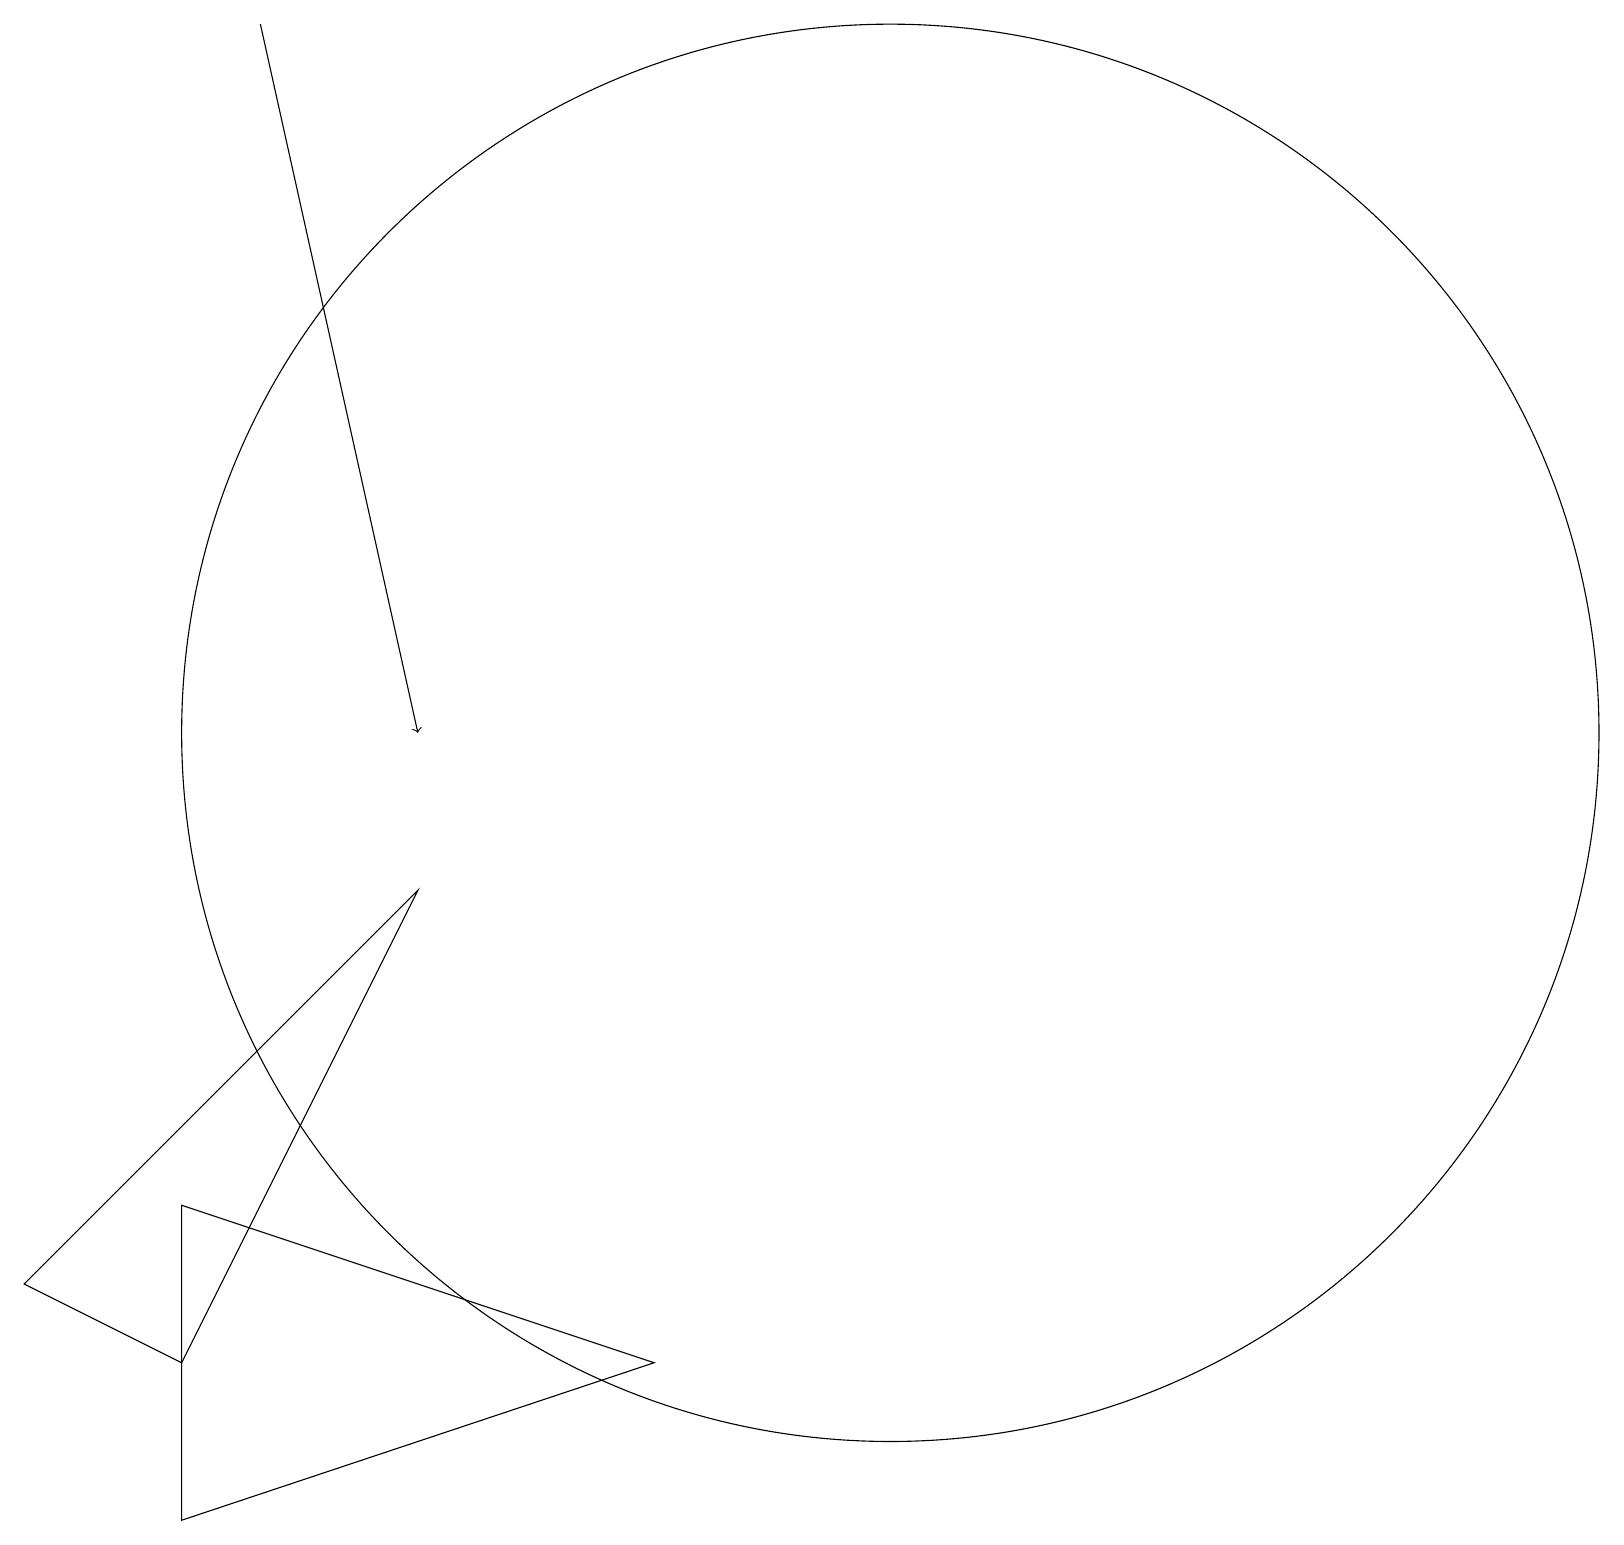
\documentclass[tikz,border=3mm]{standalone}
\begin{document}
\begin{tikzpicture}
\draw[->] (3,19) -- (5,10);
\draw (0,3) -- (5,8) -- (2,2) -- cycle;
\draw (11,10) circle (9);
\draw (2,0) -- (2,4) -- (8,2) -- cycle;
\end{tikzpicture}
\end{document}